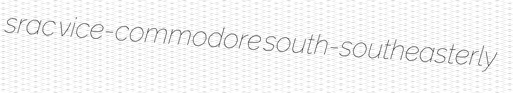
srac vice-commodore south-southeasterly